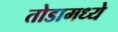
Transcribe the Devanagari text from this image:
तोडामध्ये